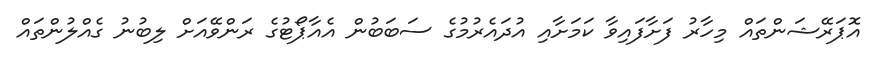
އޮޕަރޭޝަންތައް މިހާރު ފަށާފައިވާ ކަމަށާއި އުދައެރުމުގެ ސަބަބުން އެއާޕޯޓުގެ ރަންވޭއަށް ލިބުނު ގެއްލުންތައް